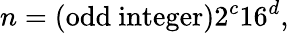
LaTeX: n=(\mathrm{odd~integer})2^{c}16^{d},